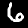
Digit: 6